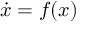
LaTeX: { \dot { x } } = f ( x )